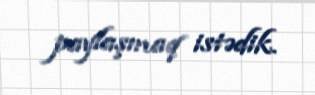
paylaşmaq istədik.